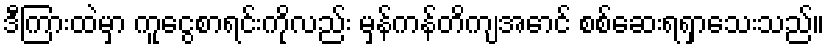
ဒီကြားထဲမှာ ကူငွေစာရင်းကိုလည်း မှန်ကန်တိကျအောင် စစ်ဆေးရရှာသေးသည်။